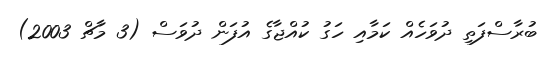
ބުރާސްފަތި ދުވަހެއް ކަމާއި ހަގު ކުއްޖާގެ އުފަން ދުވަސް (3 މާޗް 2003)